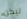
ليكن